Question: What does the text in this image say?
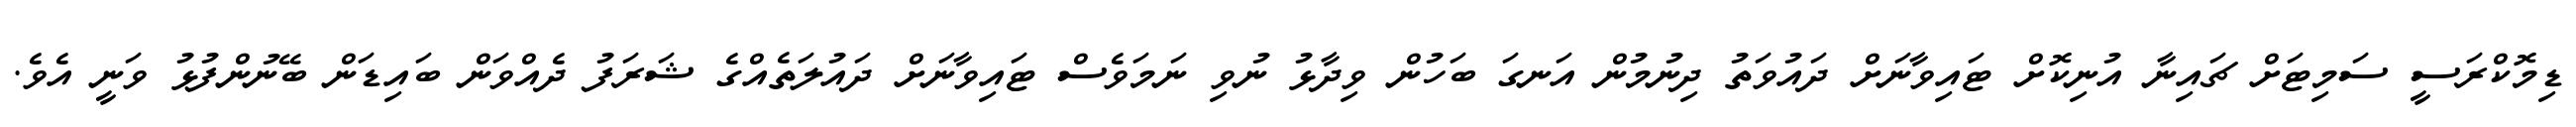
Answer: ޑިމޮކްރަސީ ސަމިޓަށް ޗައިނާ އުނިކޮށް ޓައިވާނަށް ދައުވަތު ދިނުމުން އަނގަ ބަހުން ވިދާޅު ނުވި ނަމަވެސް ޓައިވާނަށް ދައުލަތެއްގެ ޝަރަފު ދެއްވަން ބައިޑަން ބޭނުންފުޅު ވަނީ އެވެ.